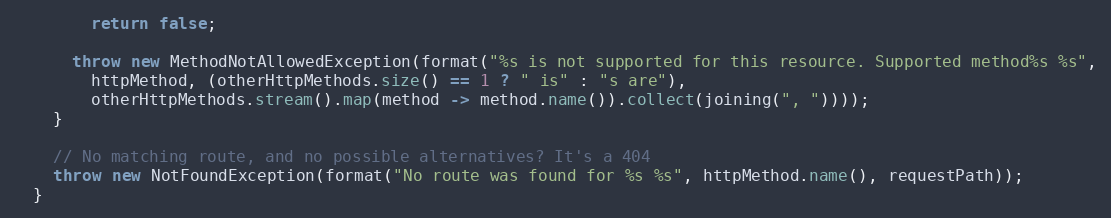
Language: Java
        return false;

      throw new MethodNotAllowedException(format("%s is not supported for this resource. Supported method%s %s",
        httpMethod, (otherHttpMethods.size() == 1 ? " is" : "s are"),
        otherHttpMethods.stream().map(method -> method.name()).collect(joining(", "))));
    }

    // No matching route, and no possible alternatives? It's a 404
    throw new NotFoundException(format("No route was found for %s %s", httpMethod.name(), requestPath));
  }